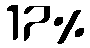
17%